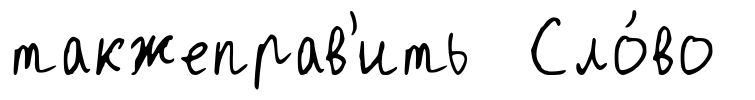
такжеправ'ить Сло́во